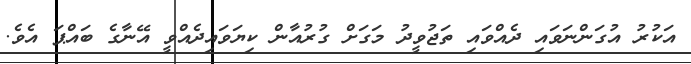
އަކުރު އުގަންނަވައި ދެއްވައި ތަޖުވީދު މަގަށް ގުރުއާން ކިޔަވައިދެއްވީ އޭނާގެ ބައްޕަ އެވެ.